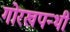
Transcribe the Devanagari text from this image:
गोरखपन्थी